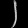
Digit: ၂